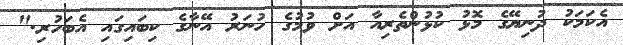
އެކަމަކު ދުނިޔޭގެ މޮޅު ކުޅުންތެރިއާ އަށް ވުމުގެ ހުނަރު އޭނާގެ ކިބައިގައި އެބަހުރި."